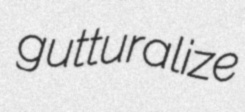
gutturalize